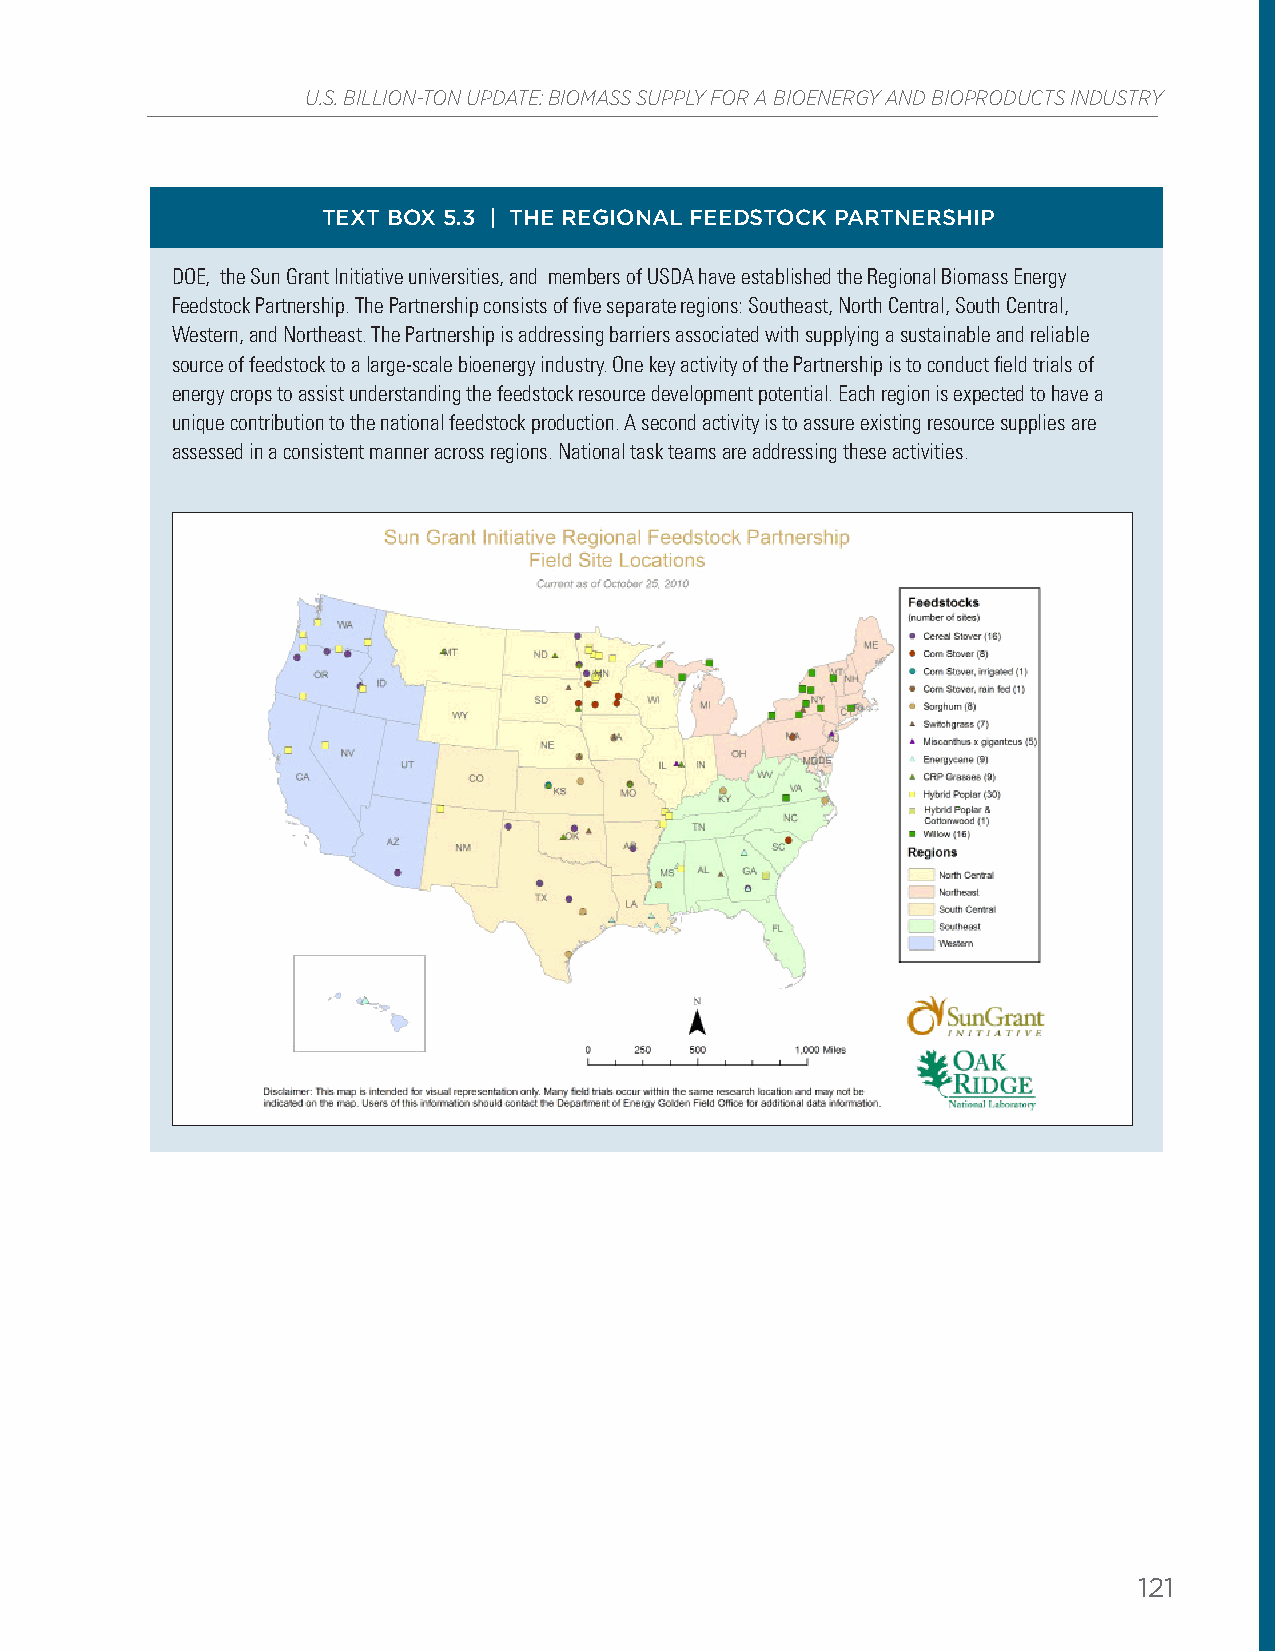
U.S. BILLION-TON UPDATE: BIOMASS SUPPLY FOR A BIOENERGY AND BIOPRODUCTS INDUSTRY
 TEXT BOX 5.3 | THE REGIONAL FEEDSTOCK PARTNERSHIP
 DOE, the Sun Grant Initiative universities, and members of USDA have established the Regional Biomass Energy
 Feedstock Partnership. The Partnership consists of five separate regions: Southeast, North Central, South Central,
 Western, and Northeast. The Partnership is addressing barriers associated with supplying a sustainable and reliable
 source of feedstock to a large-scale bioenergy industry. One key activity of the Partnership is to conduct field trials of
 energy crops to assist understanding the feedstock resource development potential. Each region is expected to have a
 unique contribution to the national feedstock production. A second activity is to assure existing resource supplies are
 assessed in a consistent manner across regions. National task teams are addressing these activities.
 121